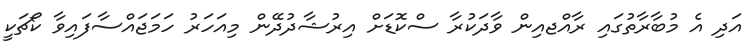
އަދި އެ މުބާރާތުގައި ރާއްޖއިން ވާދަކުރާ ސްކޮޑަށް އިރުޝާދުދޭން މިއަހަރު ހަމަޖައްސާފައިވާ ކޯޗަކީ